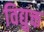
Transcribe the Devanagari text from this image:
विद्युक्त